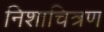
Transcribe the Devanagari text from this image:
निशाचित्रण